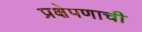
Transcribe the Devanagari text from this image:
प्रक्षेपणाची